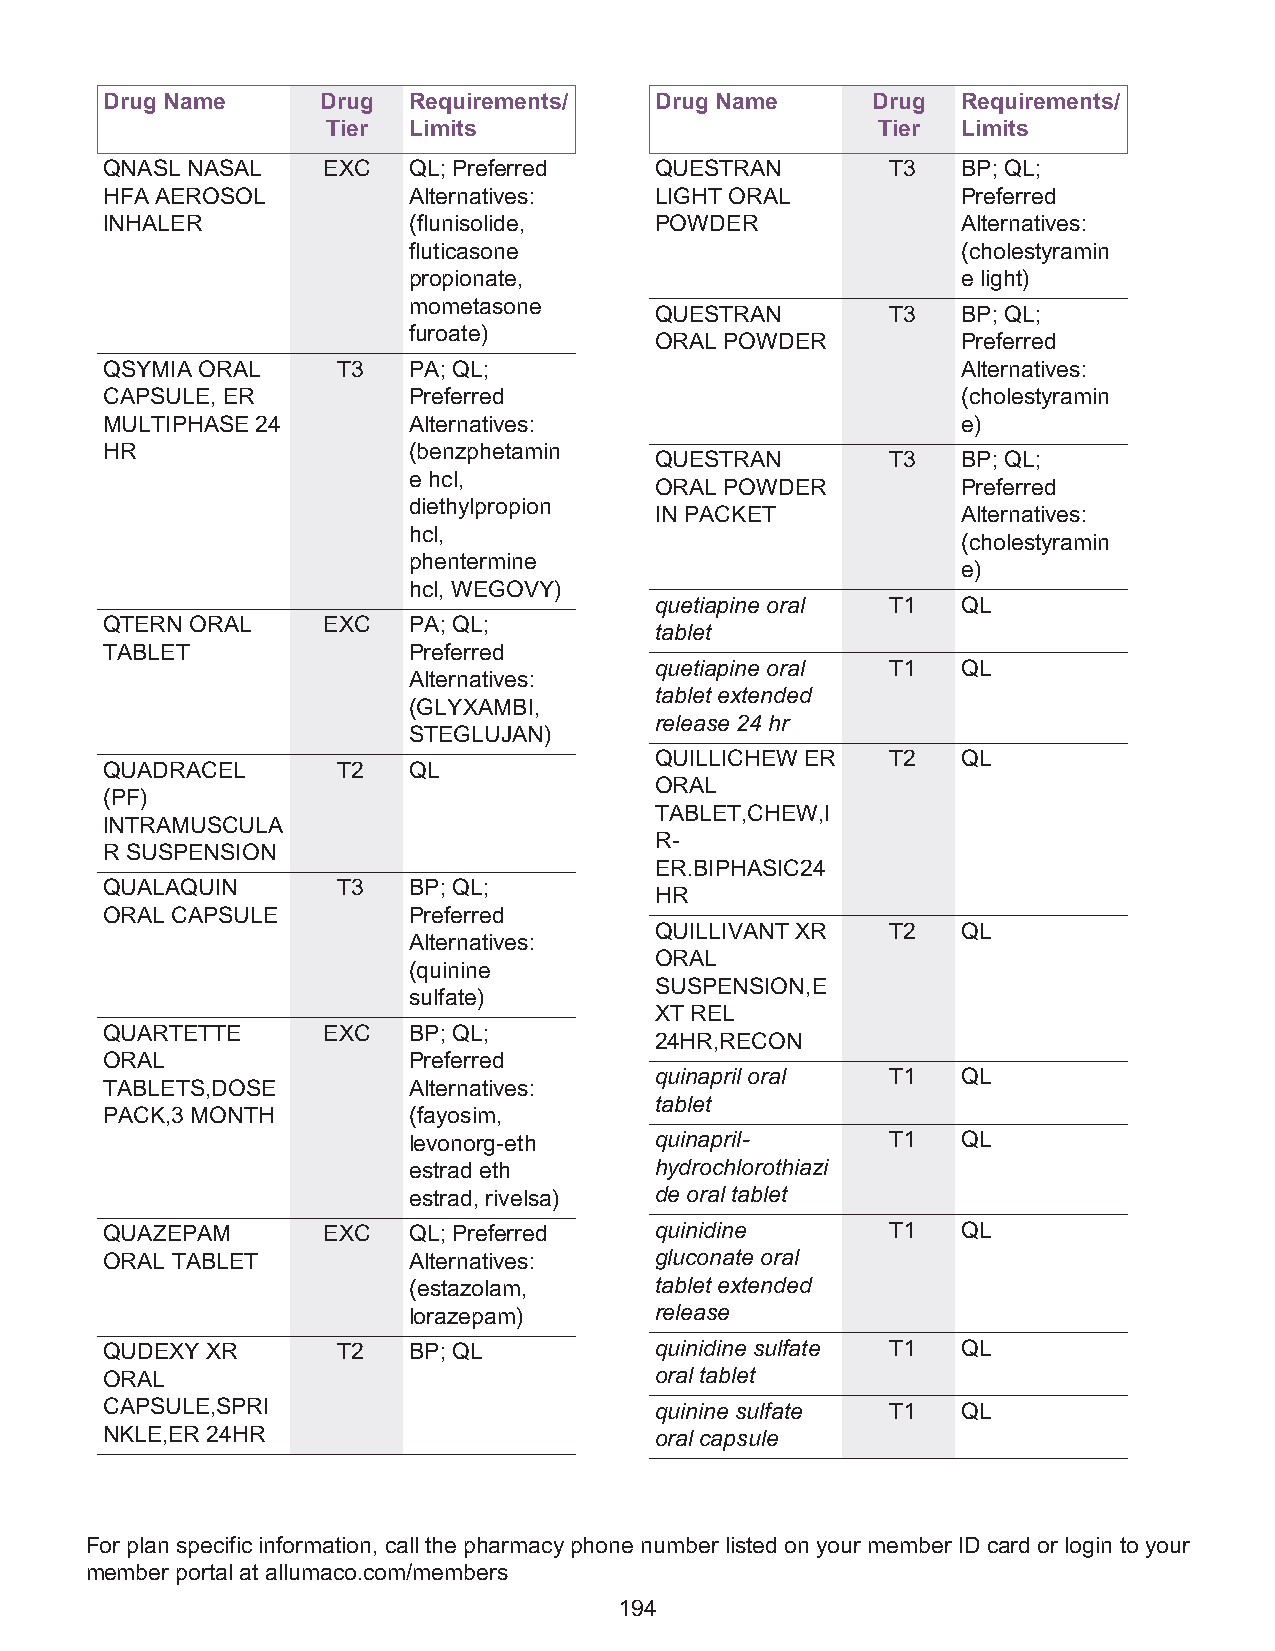
Drug Name     Drug  Requirements/   Drug Name      Drug  Requirements/
 Tier Limits                         Tier  Limits
 QNASL NASAL   EXC   QL; Preferred   QUESTRAN        T3   BP; QL;
 HFA AEROSOL         Alternatives:   LIGHT ORAL           Preferred
 INHALER             (flunisolide,   POWDER               Alternatives:
 fluticasone                          (cholestyramin
 propionate,                          e light)
 mometasone
 QUESTRAN        T3   BP; QL;
 furoate)
 ORAL POWDER          Preferred
 QSYMIA ORAL    T3   PA; QL;                              Alternatives:
 CAPSULE, ER         Preferred                            (cholestyramin
 MULTIPHASE 24       Alternatives:                        e)
 HR                  (benzphetamin
 QUESTRAN        T3   BP; QL;
 e hcl,
 ORAL POWDER          Preferred
 diethylpropion
 IN PACKET            Alternatives:
 hcl,
 (cholestyramin
 phentermine
 e)
 hcl, WEGOVY)
 quetiapine oral T1   QL
 QTERN ORAL    EXC   PA; QL;
 tablet
 TABLET              Preferred
 quetiapine oral T1   QL
 Alternatives:
 tablet extended
 (GLYXAMBI,
 release 24 hr
 STEGLUJAN)
 QUILLICHEW ER   T2   QL
 QUADRACEL      T2   QL
 ORAL
 (PF)
 TABLET,CHEW,I
 INTRAMUSCULA
 R-
 R SUSPENSION
 ER.BIPHASIC24
 QUALAQUIN      T3   BP; QL;
 HR
 ORAL CAPSULE        Preferred
 QUILLIVANT XR   T2   QL
 Alternatives:
 ORAL
 (quinine
 SUSPENSION,E
 sulfate)
 XT REL
 QUARTETTE     EXC   BP; QL;
 24HR,RECON
 ORAL                Preferred
 quinapril oral  T1   QL
 TABLETS,DOSE        Alternatives:
 tablet
 PACK,3 MONTH        (fayosim,
 levonorg-eth    quinapril-      T1   QL
 estrad eth      hydrochlorothiazi
 estrad, rivelsa) de oral tablet
 QUAZEPAM      EXC   QL; Preferred   quinidine       T1   QL
 ORAL TABLET         Alternatives:   gluconate oral
 (estazolam,     tablet extended
 lorazepam)      release
 QUDEXY XR      T2   BP; QL          quinidine sulfate T1 QL
 ORAL                                oral tablet
 CAPSULE,SPRI                        quinine sulfate T1   QL
 NKLE,ER 24HR                        oral capsule
 For plan specific information, call the pharmacy phone number listed on your member ID card or login to your
 member portal at allumaco.com/members
 194